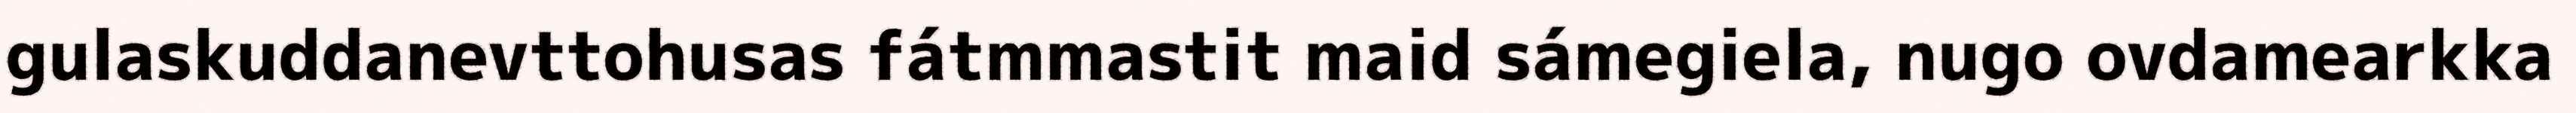
gulaskuddanevttohusas fátmmastit maid sámegiela, nugo ovdamearkka